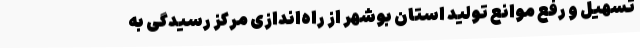
تسهیل و رفع موانع تولید استان بوشهر از راه‌اندازی مرکز رسیدگی به